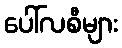
ပေါ်လစီများ